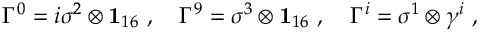
\Gamma ^ { 0 } = i \sigma ^ { 2 } \otimes { \bf 1 } _ { 1 6 } ~ , ~ ~ ~ \Gamma ^ { 9 } = \sigma ^ { 3 } \otimes { \bf 1 } _ { 1 6 } ~ , ~ ~ ~ \Gamma ^ { i } = \sigma ^ { 1 } \otimes \gamma ^ { i } ~ ,